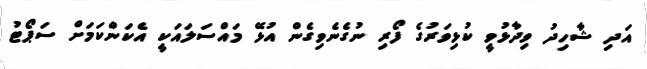
އަދި ޝާހިދު ވިދާޅުވީ ކުޅިވަރުގެ ފޯރި ނުގެނެވިގެން އުޅޭ މައްސަލައަކީ އެކަންކަމަށް ސަޕޯޓު